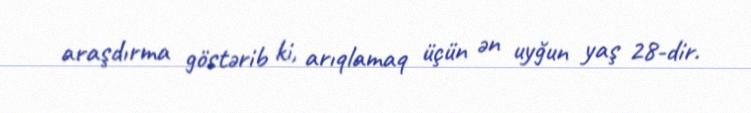
araşdırma göstərib ki, arıqlamaq üçün ən uyğun yaş 28-dir.